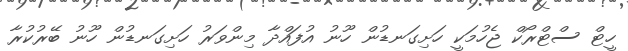
ހީޓް ސްޓްރޯކް ޖެހުމަކީ ހަށިގަނޑުން ހޫނު އުފައްދާ މިންވަރު ހަށިގަނޑުން ހޫނު ބޭރުކުރާ